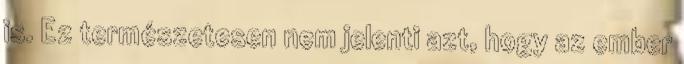
is. Ez természetesen nem jelenti azt, hogy az ember